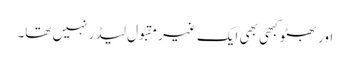
اور بھٹو کبھی بھی ایک غیر مقبول لیڈر نہیں تھا۔